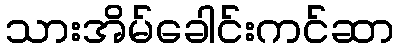
သားအိမ်ခေါင်းကင်ဆာ